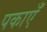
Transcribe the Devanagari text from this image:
पकाएँ